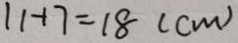
1 1 + 7 = 1 8 ( c m )